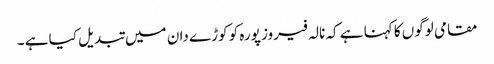
مقامی لوگوں کا کہنا ہے کہ نالہ فیروز پورہ کو کوڑے دان میں تبدیل کیا ہے ۔